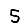
Digit: 5